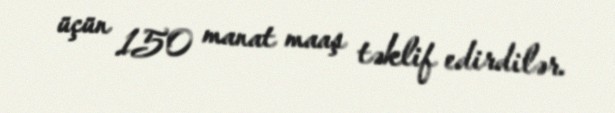
üçün 150 manat maaş təklif edirdilər.